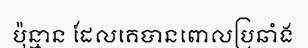
ប៉ុន្មាន ដែលគេបានពោលប្រឆាំង